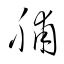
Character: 脯